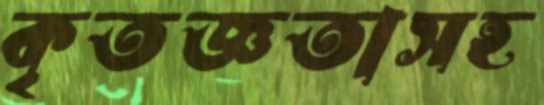
কৃতজ্ঞতাসহ